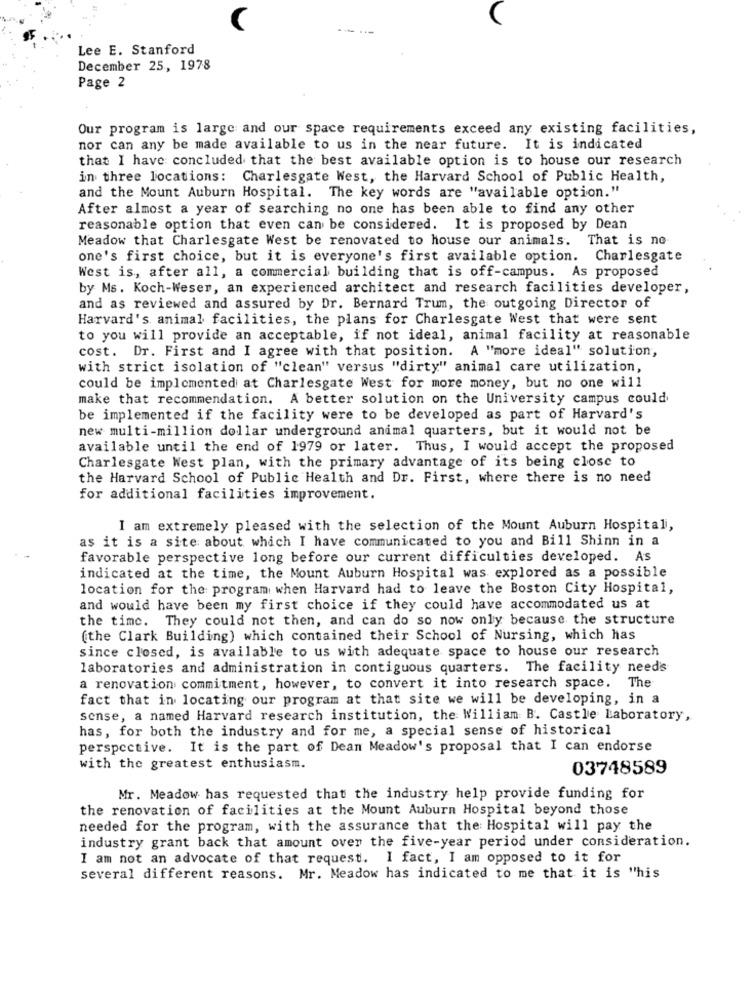
(
Lee E. Stanford
December 25, 1978
Page 2
Our program is large and our space requirements exceed any existing facilities,
nor can any be made available to us in the near future. It is indicated
that I have concluded that the best available option is to house our research
in three locations: Charlesgate West, the Harvard School of Public Health,
and the Mount Auburn Hospital. The key words are "available option."
After almost a year of searching no one has been able to find any other
reasonable option that even can be considered. It is proposed by Dean
Meadow that Charlesgate West be renovated to house our animals.
That is no
one's first choice, but it is everyone's first available option. Charlesgate
West is, after all, a commercial building that is off-campus. As proposed
by Ms. Koch-Weser, an experienced architect and research facilities developer,
and as reviewed and assured by Dr. Bernard Trum, the outgoing Director of
Harvard's animal facilities, the plans for Charlesgate West that were sent
to you will provide an acceptable, if not ideal, animal facility at reasonable
cost. Dr. First and I agree with that position. A "more ideal" solution,
with strict isolation of "clean" versus "dirty" animal care utilization,
could be implemented at Charlesgate West for more money, but no one will
make that recommendation. A better solution on the University campus could
be implemented if the facility were to be developed as part of Harvard's
new multi-million dollar underground animal quarters, but it would not be
available until the end of 1979 or later. Thus, I would accept the proposed
Charlesgate West plan, with the primary advantage of its being close to
the Harvard School of Public Health and Dr. First, where there is no need
for additional facilities improvement.
I am extremely pleased with the selection of the Mount Auburn Hospital,
as it is a site about which I have communicated to you and Bill Shinn in a
favorable perspective long before our current difficulties developed. As
indicated at the time, the Mount Auburn Hospital was explored as a possible
location for the program when Harvard had to leave the Boston City Hospital,
and would have been my first choice if they could have accommodated us at
the time. They could not then, and can do so now only because the structure
(the Clark Building) which contained their School of Nursing, which has
since closed, is available to us with adequate space to house our research
laboratories and administration in contiguous quarters. The facility need's
a renovation commitment, however, to convert it into research space. The
fact that in locating our program at that site we will be developing, in a
sense, a named Harvard research institution, the William B. Castle Laboratory,
has, for both the industry and for me, a special sense of historical
perspective. It is the part of Dean Meadow's proposal that I can endorse
with the greatest enthusiasm.
03748589
Mr. Meadow has requested that the industry help provide funding for
the renovation of facilities at the Mount Auburn Hospital beyond those
needed for the program, with the assurance that the Hospital will pay the
industry grant back that amount over the five-year period under consideration.
I am not an advocate of that request. I fact, I am opposed to it for
several different reasons. Mr. Meadow has indicated to me that it is "his